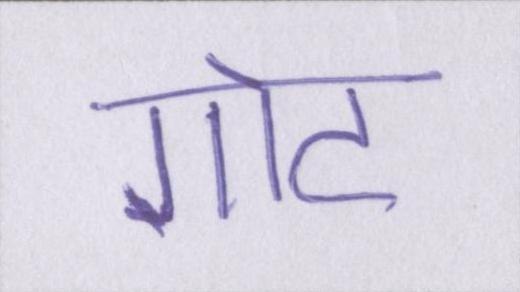
गोट